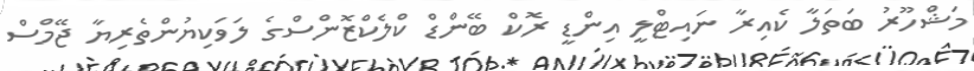
މަޝްހޫރު ބަތަލާ ކެއިރާ ނައިޓްލީ އިންޑީ ރޮކް ބޭންޑް ކްލެކްޒޮންސްގެ ލަވަކިޔުންތެރިޔާ ޖޭމްސް